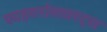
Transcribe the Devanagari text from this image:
फाइबरोब्लास्ट्स